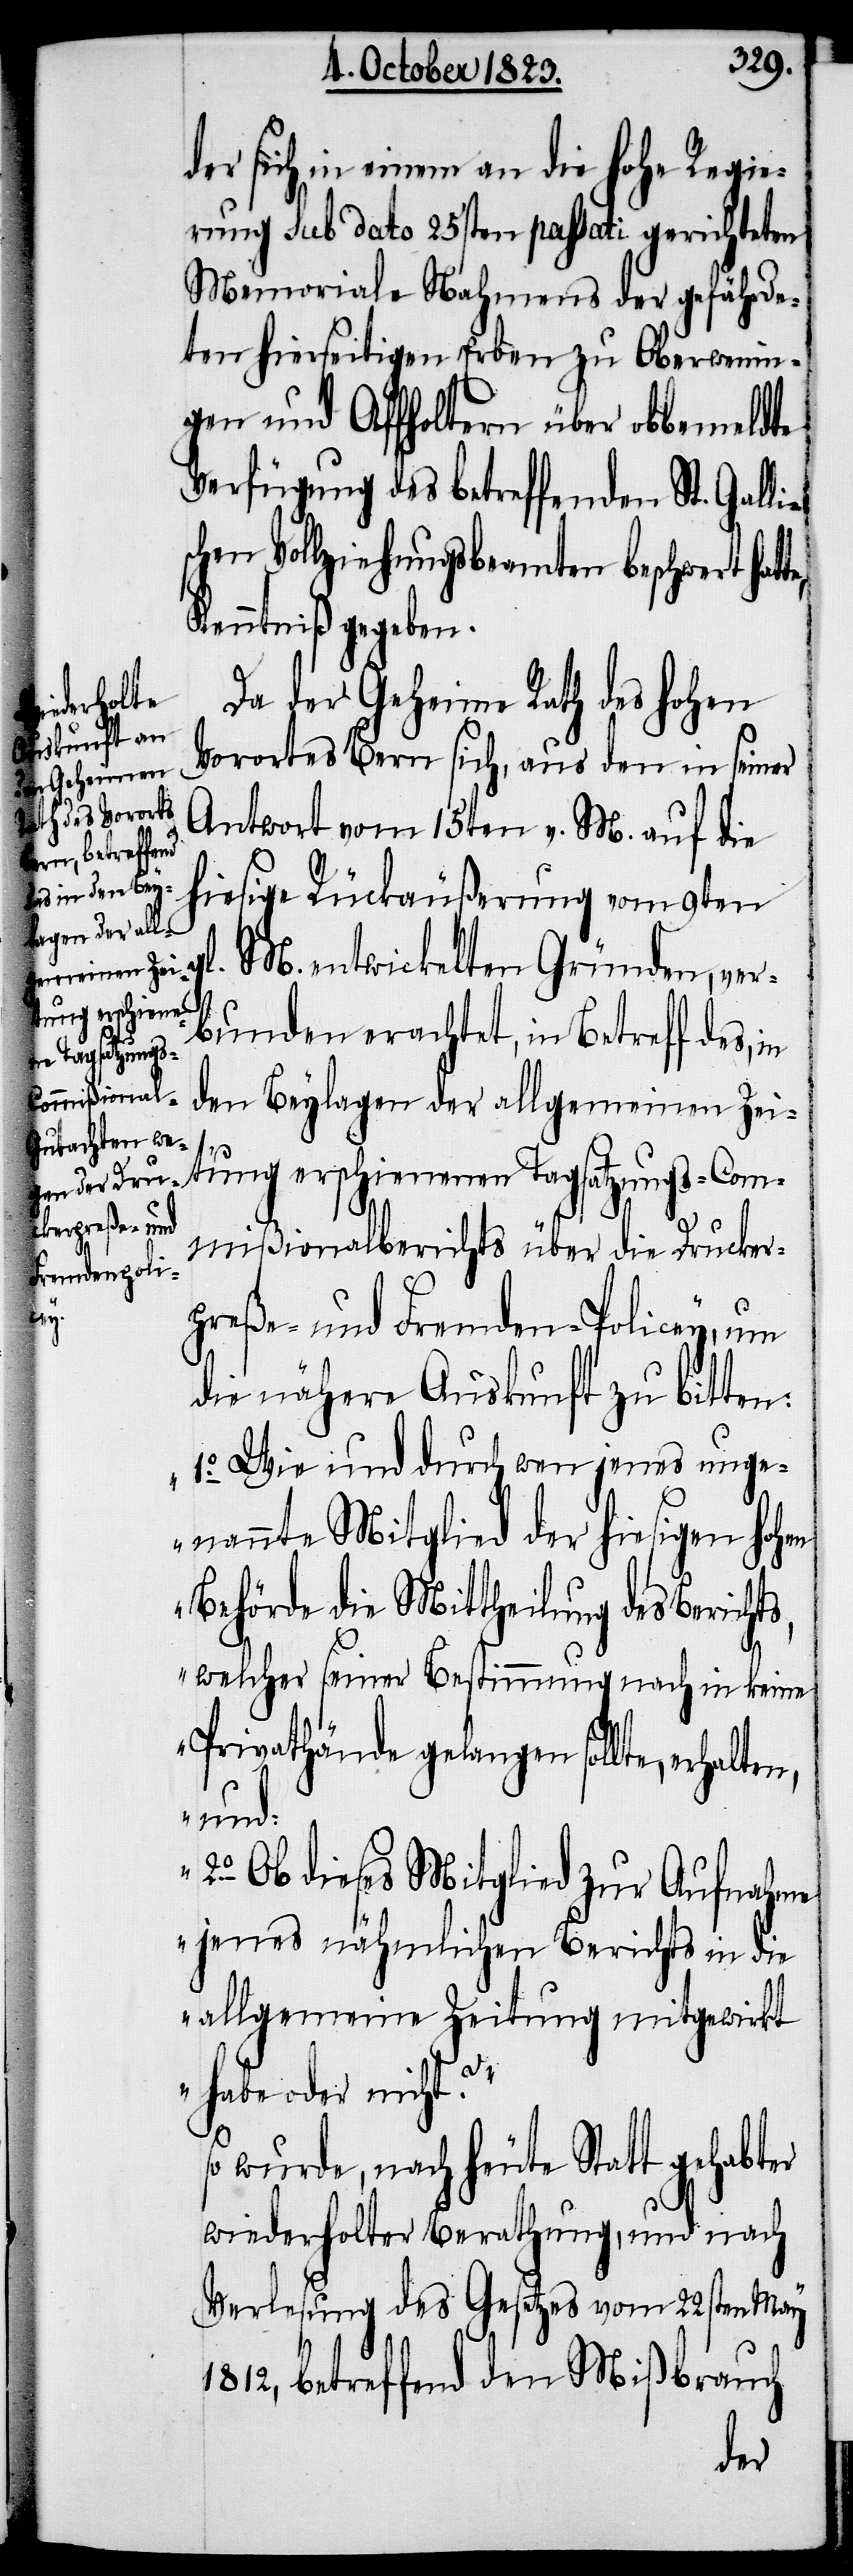
erhalten,
in

der sich in einem an die hohe Regie¬
rung sub dato 25sten passati gerichteten
Memoriale Nahmens der gefährde¬
ten hierseitigen Erben zu Oberwenin¬
gen und Affholtern über obbemeldte
Verfügung des betreffenden St. Gallis¬
chen Vollziehungsbeamten beschwert hat¬
Kenntniß gegeben.
Da der Geheime Rath des hohen
Vorortes Bern sich, aus den in seiner
Antwort vom 15ten v. M. auf die
hiesige Rückäußerung vom 9ten
l. M. entwickelten Gründen, ver¬
bunden erachtet, in Betreff des,
den Beylagen der allgemeinen Zei¬
g¬
tung erschienenen Tagsatzungs-Com¬
mißionalberichts über die Drucker¬
preße- und Fremden-Policey, um
die nähere Auskunft zu bitten:
„1.o Wie und durch wen jenes unge¬
nannte Mitglied der hiesigen hohen
Behörde die Mittheilung des Berichts,
welcher seiner Bestimmung nach in keine
Privathände gelangen sollte,
und:
2o Ob dieses Mitglied zur Aufnahme
jenes nähmlichen Berichts in die
allgemeine Zeitung mitgewirkt
habe oder nicht?“
so wurde, nach heute Statt gehabter
wiederholter Berathung, und nach
Verlesung des Gesetzes vom 22sten May
1812, betreffend den Mißbrauch